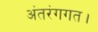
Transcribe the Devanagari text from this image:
अंतरंगगत।